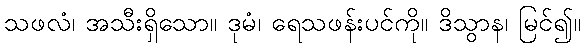
သဖလံ၊ အသီးရှိသော။ ဒုမံ၊ ရေသဖန်းပင်ကို။ ဒိသွာန၊ မြင်၍။